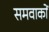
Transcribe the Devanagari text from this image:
समवाकों